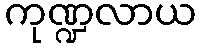
ကုဏ္ဍလာယ